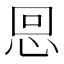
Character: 𢙍